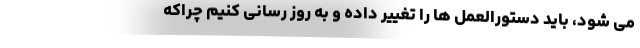
می شود، باید دستورالعمل ها را تغییر داده و به روز رسانی کنیم چراکه